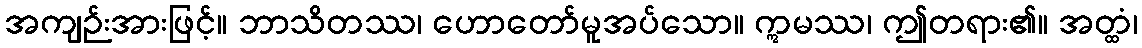
အကျဉ်းအားဖြင့်။ ဘာသိတဿ၊ ဟောတော်မူအပ်သော။ ဣမဿ၊ ဤတရား၏။ အတ္ထံ၊